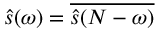
\hat { s } ( \omega ) = \overline { { \hat { s } ( N - \omega ) } }